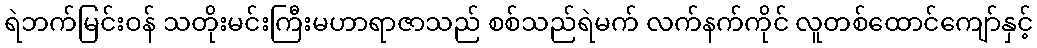
ရဲဘက်မြင်းဝန် သတိုးမင်းကြီးမဟာရာဇာသည် စစ်သည်ရဲမက် လက်နက်ကိုင် လူတစ်ထောင်ကျော်နှင့်